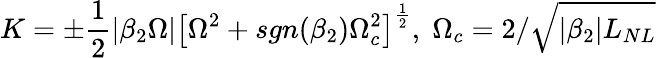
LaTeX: K=\pm\frac{1}{2}\left|\beta_{2}\Omega\right|\left[\Omega^{2}+sgn(\beta_{2})\Omega_{c}^{2}\right]^{\frac{1}{2}},\; \Omega_{c}=2/\sqrt{\left|\beta_{2}\right|L_{NL}}